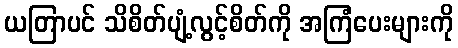
ယတြာပင် သိစိတ်ပျံ့လွင့်စိတ်ကို အကြံပေးများကို